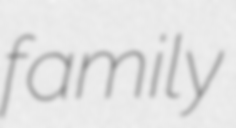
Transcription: family